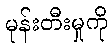
မုန်းတီးမှုကို